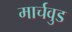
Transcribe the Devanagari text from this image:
मार्चवुड